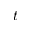
t